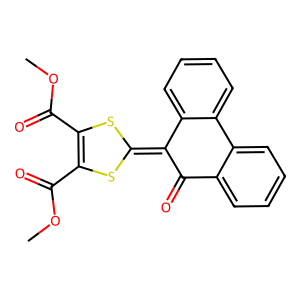
SMILES: COC(=O)C1=C(C(=O)OC)SC(=C2C(=O)c3ccccc3-c3ccccc32)S1
Inhibits HIV replication: No